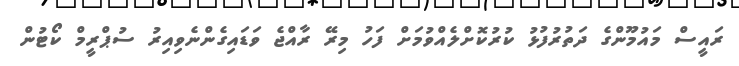
ރައީސް މައުމޫންގެ ދަތުރުފުޅު ކުރުކޮށްލެއްވުމަށް ފަހު މިރޭ ރާއްޖެ ވަޑައިގެންނެވިއިރު ސުޕްރީމް ކޯޓުން